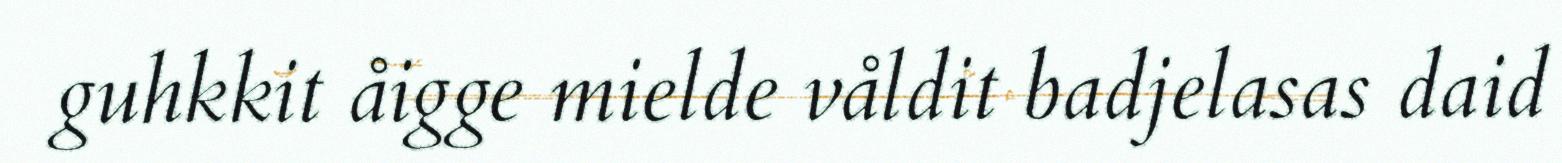
guhkkit åigge mielde våldit badjelasas daid